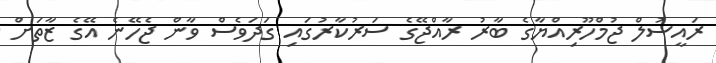
ރައީސުލް ޖުމްހޫރިއްޔާގެ ބާރު ރާއްޖޭގެ ސަރުކާރުގައި ގަދަވެސް ވާން ޖެހޭނެ އޭގެ ޒާތަށް